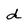
Character: d